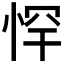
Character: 𭝃